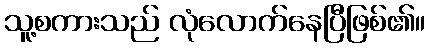
သူ့စကားသည် လုံလောက်နေပြီဖြစ်၏။